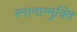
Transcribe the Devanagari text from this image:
स्नानान्मुक्ति